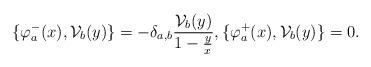
LaTeX: \begin{align*}\{\varphi_a^-(x),\mathcal{V}_b(y)\}=-\delta_{a,b}\frac{\mathcal{V}_b(y)}{1-\frac{y}{x}}, \{\varphi_a^+(x),\mathcal{V}_b(y)\}=0.\end{align*}